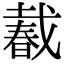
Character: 𢧨